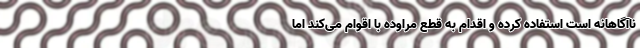
ناآگاهانه است استفاده کرده و اقدام به قطع مراوده با اقوام می‌کند اما